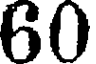
60